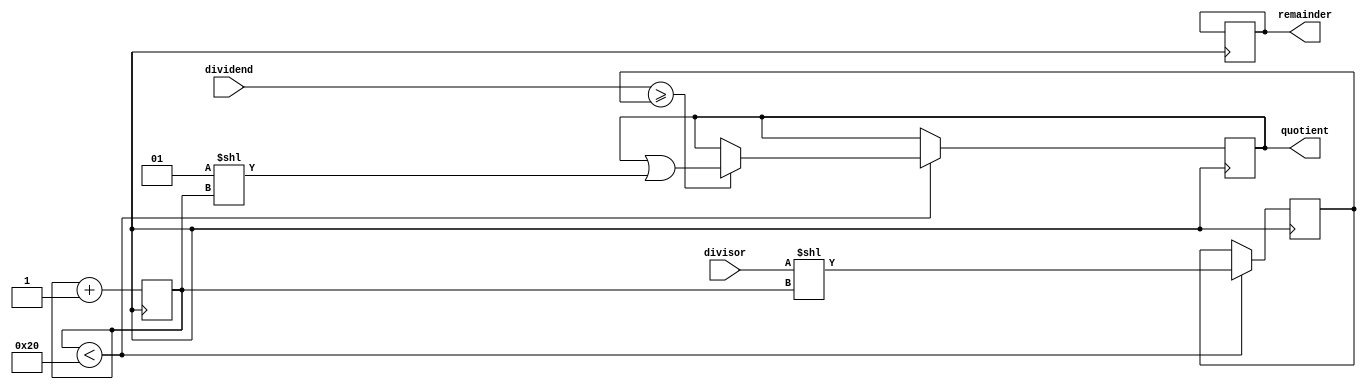
module ShiftAndSubtractDivider (
    input signed [31:0] dividend,
    input signed [31:0] divisor,
    output reg signed [31:0] quotient,
    output reg signed [31:0] remainder
);

reg signed [31:0] shifted_divisor;
reg signed [31:0] temp_remainder;
reg [4:0] shift_count;

always @(posedge clk) begin
    if (shift_count < 32) begin
        shifted_divisor <= divisor << shift_count;
        if (dividend >= shifted_divisor) begin
            temp_remainder <= dividend - shifted_divisor;
            quotient <= quotient | (1 << shift_count);
        end
    end
    shift_count <= shift_count + 1;
    if (shift_count == 32) begin
        remainder <= temp_remainder;
    end
end

endmodule